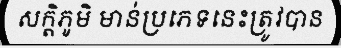
សក្តិភូមិ មាន់ប្រភេទនេះត្រូវបាន